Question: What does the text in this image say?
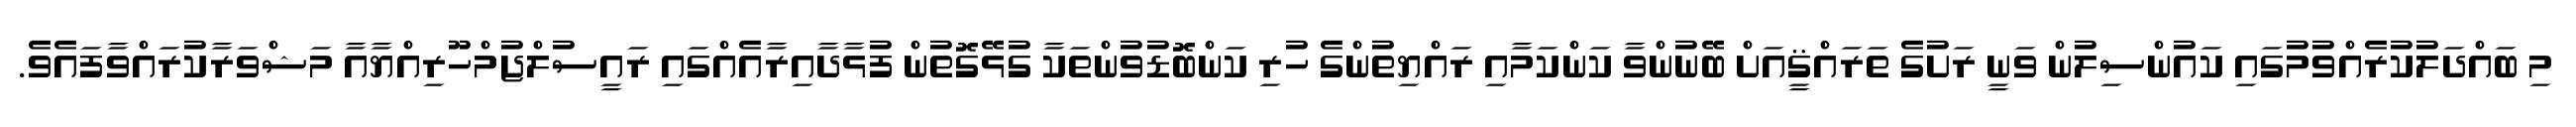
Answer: މި ބައްދަލުކުރެއްވުމުގައި ކައުންސިލުން ވަނީ ރަށުގެ ތަރައްޤީއަށް ބޭނުންވާ ކަންކަމާއި ރައްޔިތުންގެ ހުރި ކަންބޮޑުވުންތަކާ ގުޅޭގޮތުން ފުޅާދާއިރާއެއްގައި ރައީސުލްޖުމްހޫރިއްޔާއާ މަޝްވަރާކުރައްވާފައެވެ.